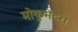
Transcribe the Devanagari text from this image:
मोकुमेंटरी